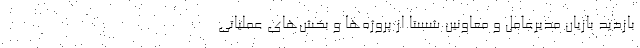
بازدید بازیان مدیرعامل و معاونین شستا از پروژه‌ها و بخش‌های عملیاتی